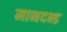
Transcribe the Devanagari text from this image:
मानदन्ड